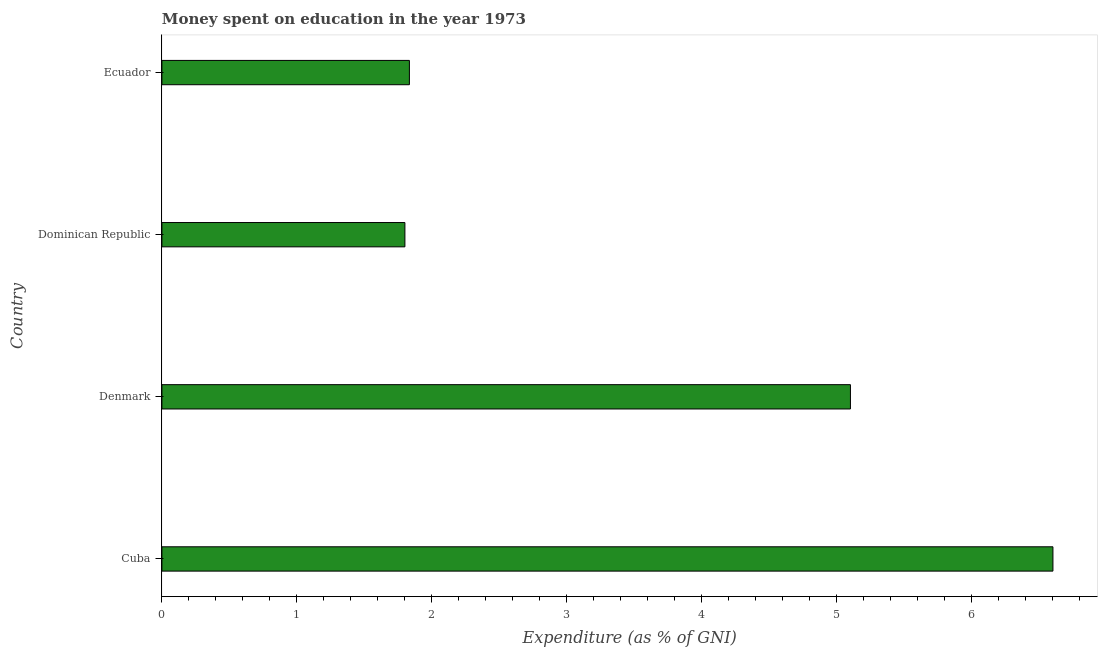
| Country | Education expenditure |
 | --- | --- |
 | Cuba | 6.6 |
 | Denmark | 5.1 |
 | Dominican Republic | 1.8 |
 | Ecuador | 1.83 |